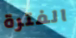
الفترة